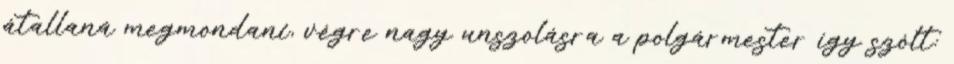
átallaná megmondani, végre nagy unszolásra a polgármester így szólt: